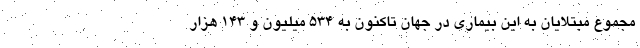
مجموع مبتلایان به این بیماری در جهان تاکنون به ۵۳۴ میلیون و ۱۴۳ هزار